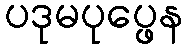
ပဒုမပုပ္ဖေန